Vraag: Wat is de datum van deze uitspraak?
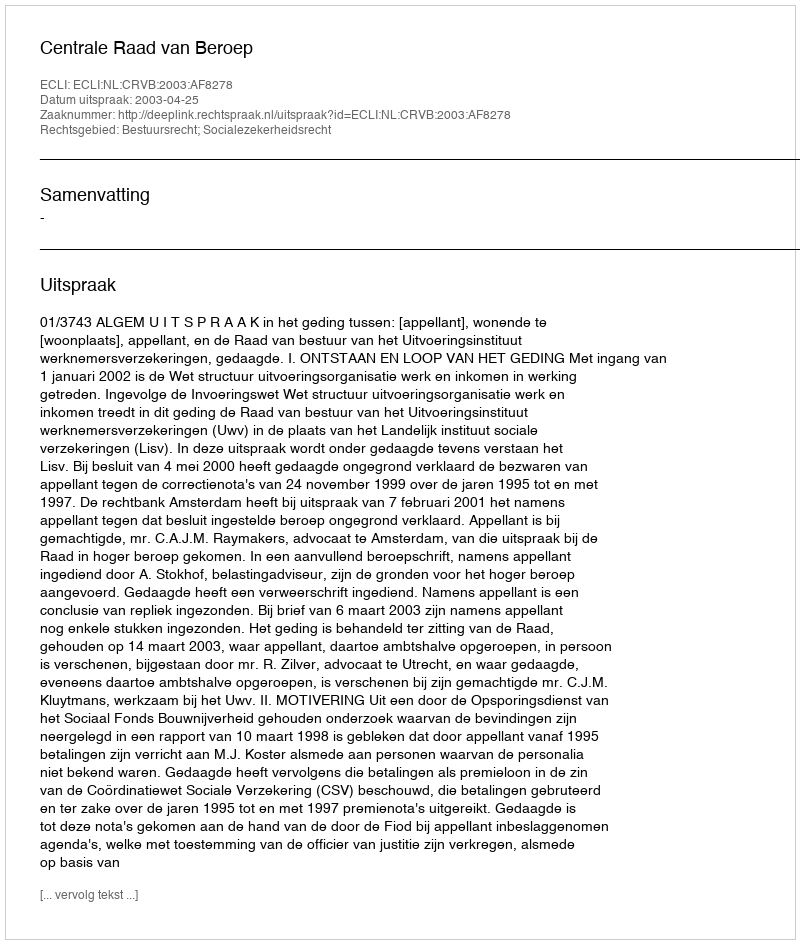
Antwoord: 2003-04-25